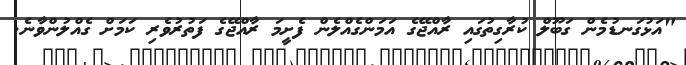
"އަޅުގަނޑުމެން ގަބޫލް ކުރާގިތުގައި ރާއްޖޭގެ އަމަންގެއްލެން ފެށީމަ ރާއްޖޭގެ ފަތުރުވެރި ކަމަށް ގެއްލުންވާނެ.